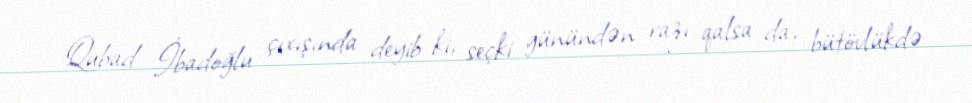
Qubad İbadoğlu çıxışında deyib ki, seçki günündən razı qalsa da, bütövlükdə